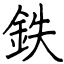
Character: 鉄